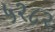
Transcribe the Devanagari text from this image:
५२८२